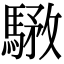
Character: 𩤝